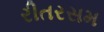
રીતરસમ